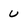
Character: u